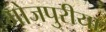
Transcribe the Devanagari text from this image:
भोजपुरीया